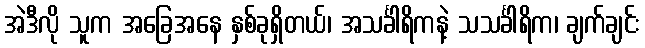
အဲဒီလို သူက အခြေအနေ နှစ်ခုရှိတယ်၊ အသင်္ခါရိကနဲ့ သသင်္ခါရိက၊ ချက်ချင်း